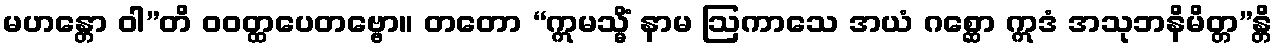
မဟန္တော ဝါ”တိ ဝဝတ္ထပေတဗ္ဗော။ တတော “ဣမသ္မိံ နာမ ဩကာသေ အယံ ဂစ္ဆော ဣဒံ အသုဘနိမိတ္တ”န္တိ